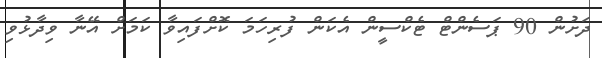
ދަށުން 90 ޕަސެންޓް ޓެކްސީން އެކަން ފުރިހަމަ ކޮށްފައިވާ ކަމަށް އޭނާ ވިދާޅުވި